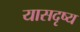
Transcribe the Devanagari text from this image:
यासदृष्य